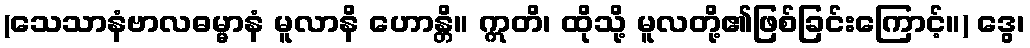
(သေသာနံဗာလဓမ္မာနံ မူလာနိ ဟောန္တိ။ ဣတိ၊ ထိုသို့ မူလတို့၏ဖြစ်ခြင်းကြောင့်။) ဒွေ၊